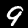
Label: 9